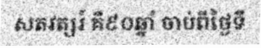
សតវត្សរ៍ គឺ៩០ឆ្នាំ ចាប់ពីថ្ងៃទី